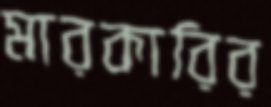
মারকারির